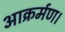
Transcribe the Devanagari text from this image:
आक्रर्मण।